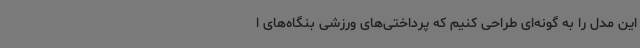
این مدل را به گونه‌ای طراحی کنیم که پرداختی‌های ورزشی بنگاه‌های ا